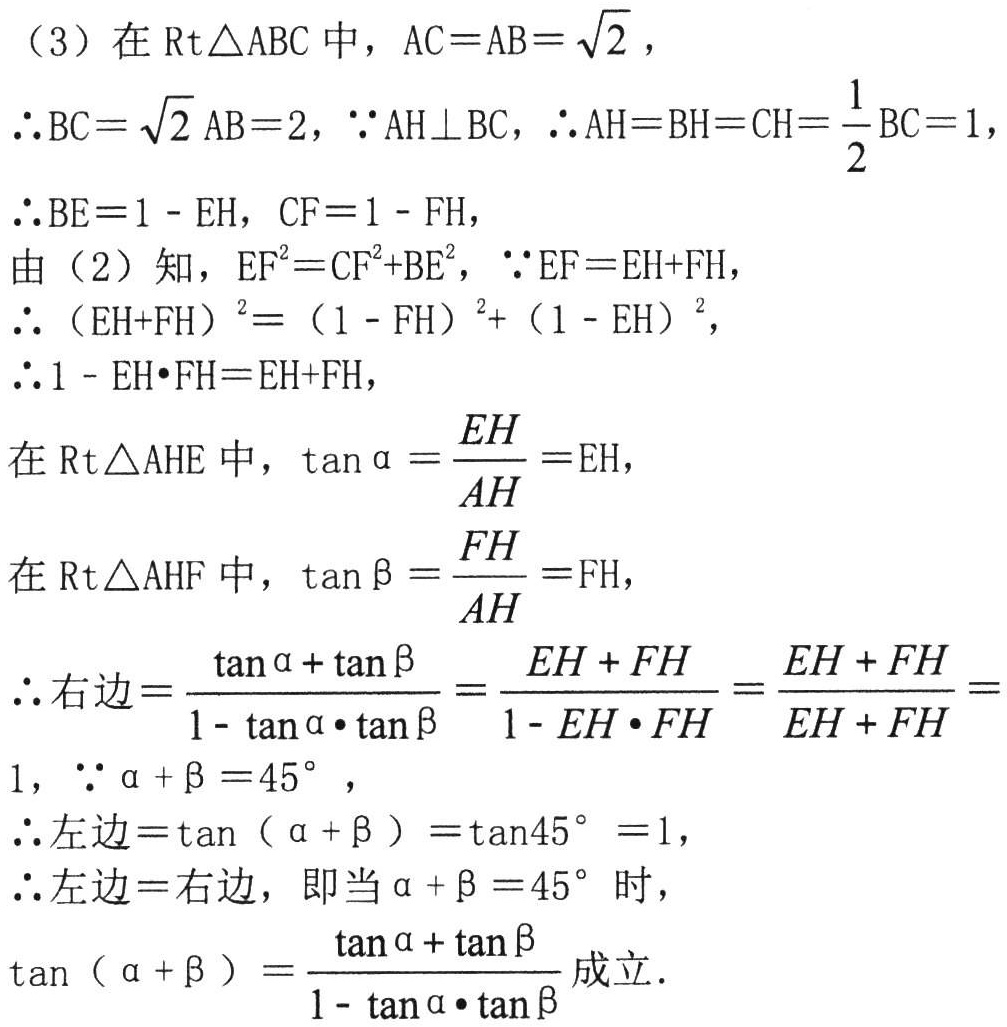
（3）在\(Rt\triangle ABC\)中，\(AC = AB=\sqrt{2}\)，

\(\therefore BC = \sqrt{2}AB = 2\)，\(\because AH\perp BC\)，\(\therefore AH = BH = CH=\frac{1}{2}BC = 1\)，

\(\therefore BE = 1 - EH\)，\(CF = 1 - FH\)，

由（2）知，\(EF^{2}=CF^{2}+BE^{2}\)，\(\because EF = EH + FH\)，

\(\therefore (EH + FH)^{2}=(1 - FH)^{2}+(1 - EH)^{2}\)，

\(\therefore 1 - EH\cdot FH=EH + FH\)，

在\(Rt\triangle AHE\)中，\(\tan\alpha=\frac{EH}{AH}=EH\)，

在\(Rt\triangle AHF\)中，\(\tan\beta=\frac{FH}{AH}=FH\)，

\(\therefore\)右边\(=\frac{\tan\alpha+\tan\beta}{1 - \tan\alpha\cdot\tan\beta}=\frac{EH + FH}{1 - EH\cdot FH}=\frac{EH + FH}{EH + FH}=1\)，\(\because\alpha+\beta = 45^{\circ}\)，

\(\therefore\)左边\(=\tan(\alpha+\beta)=\tan45^{\circ}=1\)，

\(\therefore\)左边\(=\)右边，即当\(\alpha+\beta = 45^{\circ}\)时，

\(\tan(\alpha+\beta)=\frac{\tan\alpha+\tan\beta}{1 - \tan\alpha\cdot\tan\beta}\)成立．